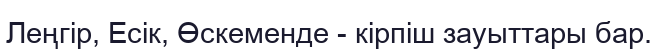
Леңгір, Есік, Өскеменде - кірпіш зауыттары бар.